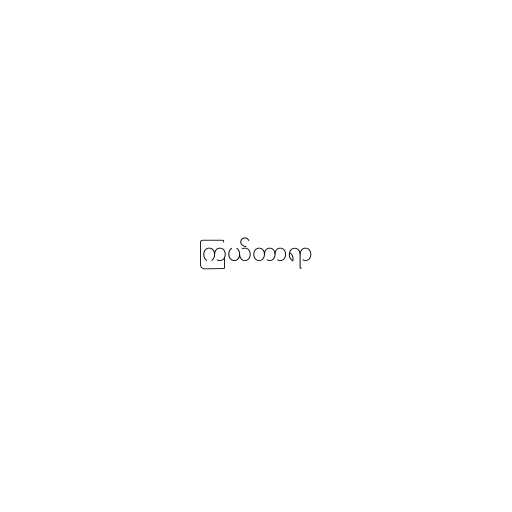
ကြယ်တာရာ